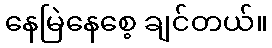
နေမြဲနေစေ့ ချင်တယ်။